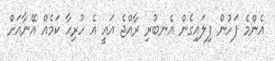
އެންމެ ފަހުން ފިލައިގެން އެނބުރި ރާއްޖެ އައީ އެ ހުރިހާ ކަމެއް އޭނާއަށް